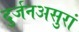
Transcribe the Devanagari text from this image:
दुर्जनअसुरां